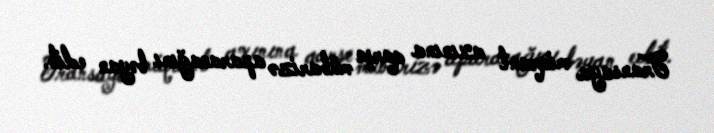
Fransaya miqrant axınına qarşı mübarizə aparacağını bəyan edib.